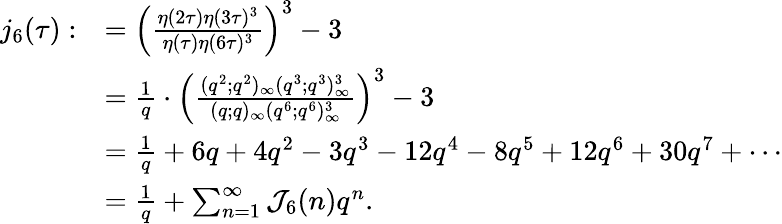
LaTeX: \begin{array}{rl}{j_{6}(\tau):}&{=\left(\frac{\eta(2\tau)\eta(3\tau)^{3}}{\eta(\tau)\eta(6\tau)^{3}}\right)^{3}-3}\\ &{=\frac{1}{q}\cdot\left(\frac{(q^{2};q^{2})_{\infty}(q^{3};q^{3})_{\infty}^{3}}{(q;q)_{\infty}(q^{6};q^{6})_{\infty}^{3}}\right)^{3}-3}\\ &{=\frac{1}{q}+6q+4q^{2}-3q^{3}-12q^{4}-8q^{5}+12q^{6}+30q^{7}+\cdots}\\ &{=\frac{1}{q}+\sum_{n=1}^{\infty}\mathcal{J}_{6}(n)q^{n}.}\end{array}